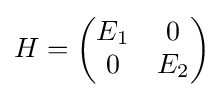
H={\begin{pmatrix}E_{1}&0\\0&E_{2}\end{pmatrix}}\,\!